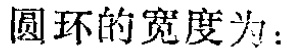
圆环的宽度为：